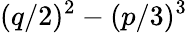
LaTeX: (q/2)^{2}-(p/3)^{3}